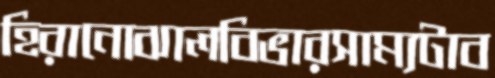
হিরানোঝালবিভারসাম্যটাব